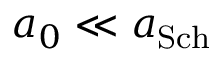
a _ { 0 } \ll a _ { \mathrm { S c h } }